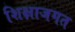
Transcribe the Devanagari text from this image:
शिक्षाजगत